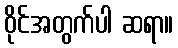
ဝိုင်အတွက်ပါ ဆရာ။